Medical and sanitary report of the native army of Bengal for the year
Year: 1874
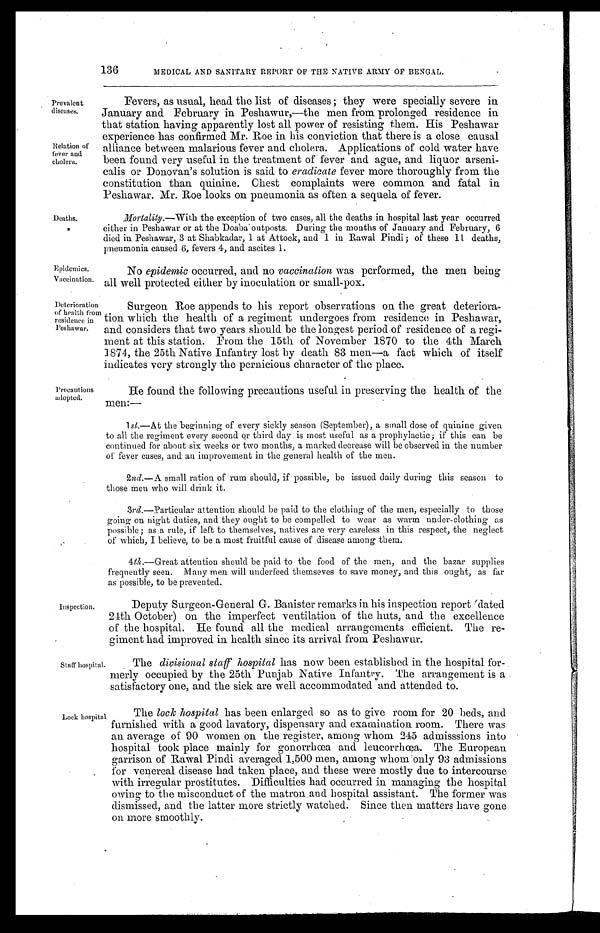
Prevalent
diseases,
Relation of
fever and
cholera.
Deaths.
Epidemics.
Vaccination.
136
MEDICAL AND SANITARY REPORT OF THE NATIVE ARMY OF BENGAL.
Fevers, as usual, head the list of diseases; they were specially severe in
January and February in Peshawur,—the men from prolonged residence in
that station having apparently lost all power of resisting them. His Peshawar
experience has confirmed Mr. Roe in his conviction that there is a close causal
alliance between malarious fever and cholera. Applications of cold water have
been found very useful in the treatment of fever and ague, and liquor arseni-
calis or Donovan's solution is said to eradicate fever more thoroughly from the
constitution than quinine. Chest complaints were common and fatal in
Peshawar. Mr. Roe looks on pneumonia as often a sequela of fever.
Mortality.—With the exception of two cases, all the deaths in hospital last year occurred
either in Peshawar or at the Doaba outposts. During the months of January and February, 6
died in Peshawar, 3 at Shabkadar, 1 at Attock, and Diringi n R a w a l P i n d i ; o f t h e s e 1 1 d e a t h s ,
pneumonia caused 6, fevers 4, and ascites 1.
No epidemic occurred, and no vaccination was performed, the men being
all well protected either by inoculation or small-pox.
Deterioration
of health fron
residence in
Peshawar.
Surgeon Roe appends to his report observations on the great deteriora-
tion which the health of a regiment undergoes from residence in Peshawar,
and considers that two years should be the longest period of residence of a regi-
ment at this station. From the 15th of November 1870 to the 4th March
1874, the 25th Native Infantry lost by death 83 men—a fact which of itself
indicates very strongly the pernicious character of the place.
Precautions
adopted.
Inspection.
He found the following precautions useful in preserving the health of the
men:—
1st.
—At the beginning of every sickly season (September), a small dose of quinine given
to all the regiment every second or third day is most useful as a prophylactic; if this can be
continued for about six weeks or two months, a marked decrease will be observed in the number
of fever cases, and an improvement in the general health of the men.
2nd.—A small ration of rum should, if possible, be issued daily during this season to
those men who will drink it.
3rd.—Particular attention should be paid to the clothing of the men, especially to those
going on night duties, and they ought to be compelled to wear as warm under-clothing as
possible ; as a rule, if left to themselves, natives are very careless in this respect, the neglect
of which, I believe, to be a most fruitful cause of . disease among them.
4th.—Great attention should be paid to the food of the men, and the bazar supplies
frequently seen. Many men will underfeed themseves to save money, and this ought, as far
as possible, to be prevented.
Deputy Surgeon-General G. Banister remarks in his inspection report dated
24th October) on the imperfect ventilation. of the huts, and the excellence
of the hospital. He found all the medical arrangements efficient. The re-
giment had improved in health since its arrival from Peshawar.
Staff hospital.
Lock hospital
The divisional staff hospitalhas now been established in the hospital for-
merly occupied by the 25th Punjab Native Infantry. The arrangement is a
satisfactory one, and the sick are well accommodated and attended to.
The lock hospital has been enlarged so as to give room for 20 beds, and
furnished with a good lavatory, dispensary and examination room. There was
an averag among
e of 90 women on the register, amon whom 245 admisssions into
hospital took place mainly for gonorrhœa and leucorrhœa. The European
garrison of Rawal Pindi averaged 1,500 men, among whom only 93 admissions
for venereal disease had taken place, and these were mostly due to intercourse
with irregular prostitutes. Difficulties had occurred in managing the hospital
owing to the misconduct of the matron and hospital assistant. The former was
dismissed, and the latter more strictly watched. Since then matters have gone
on more smoothly.